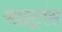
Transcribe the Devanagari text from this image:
साइट्रांस